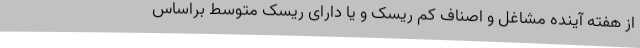
از هفته آینده مشاغل و اصناف کم ریسک و یا دارای ریسک متوسط براساس